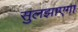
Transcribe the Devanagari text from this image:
सुलझाएगा